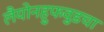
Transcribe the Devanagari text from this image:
लैयोनहुफवुडचा